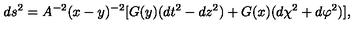
d s ^ { 2 } = A ^ { - 2 } ( x - y ) ^ { - 2 } [ G ( y ) ( d t ^ { 2 } - d z ^ { 2 } ) + G ( x ) ( d \chi ^ { 2 } + d \varphi ^ { 2 } ) ] ,